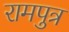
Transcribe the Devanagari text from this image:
रामपुत्र